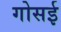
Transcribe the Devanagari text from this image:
गोसई